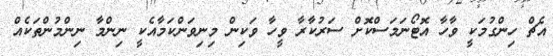
އެޗް ހިންގުމަކީ ވާހާ އޮޓޯނަމަސްކޮށް ސަރުކާރާ ވީހާ ވަކިން މިނިވަންކަމާއެކީ ނިންމާ ނިންމުންތަކެއް